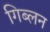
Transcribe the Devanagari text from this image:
गिब्लन